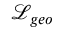
\mathcal { L } _ { g e o }